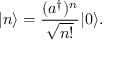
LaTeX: | n \rangle = { \frac { ( a ^ { \dagger } ) ^ { n } } { \sqrt { n ! } } } | 0 \rangle .